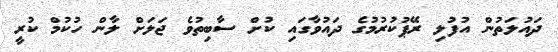
ދައުލަތުން އުފުލި ރޭޕުކުރުމުގެ ދައުވާގައި ކުށް ސާބިތުވެ ޖަލަށް ލާން ހުކުމް ކުރީ